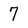
Character: 7